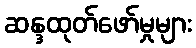
ဆန္ဒထုတ်ဖော်မှုများ